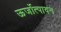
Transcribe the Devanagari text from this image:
ऊर्जोत्पादन